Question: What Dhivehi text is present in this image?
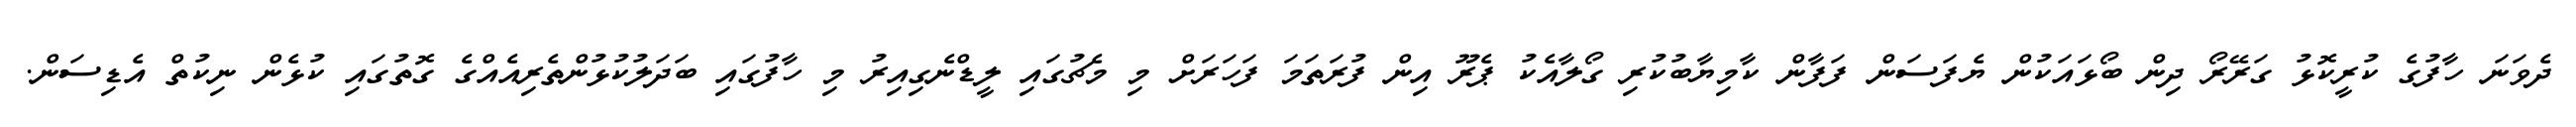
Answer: ދެވަނަ ހާފުގެ ކުރީކޮޅު ގަރޭރޯ ދިން ބޯޅައަކުން ޔެފަސަން ފަފާން ކާމިޔާބުކުރި ގޯލާއެކު ޕެރޫ އިން ފުރަތަމަ ފަހަރަށް މި މެޗުގައި ލީޑްނެގިއިރު މި ހާފުގައި ބަދަލުކުޅުންތެރިއެއްގެ ގޮތުގައި ކުޅެން ނިކުތް އެޑިސަން.